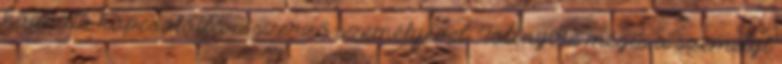
hozható kapcsolatba a szerző személyével. Többnyire mégis a személyt